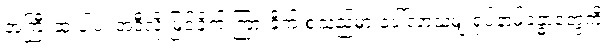
အကြီးဆုံးပါပဲ၊ အဲဒီလို မြင်ခိုက် ကြားခိုက် စသည်မှာ ပေါ်လာသမျှ ရုပ်နာမ်ခန္ဓာတွေကို